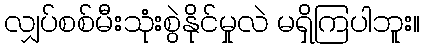
လျှပ်စစ်မီးသုံးစွဲနိုင်မှုလဲ မရှိကြပါဘူး။